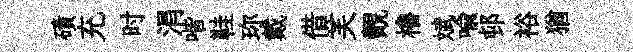
磧充时涓喈鞋珎戴借芙覿櫓斌喩邨裕猶